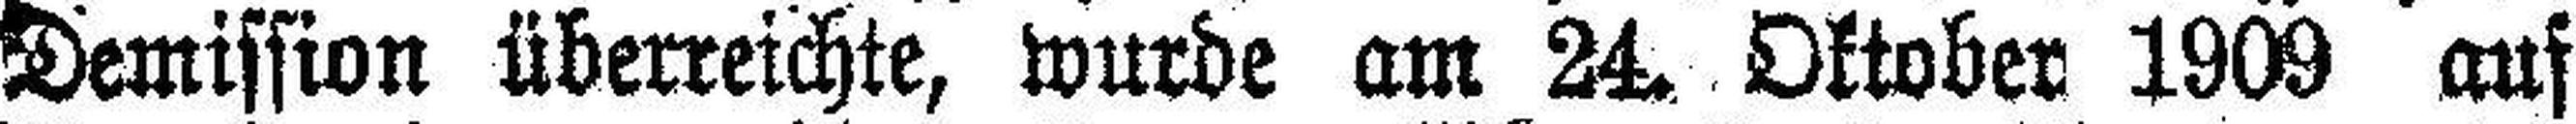
Demission überreichte, wurde am 24. Oktober 1909 auf